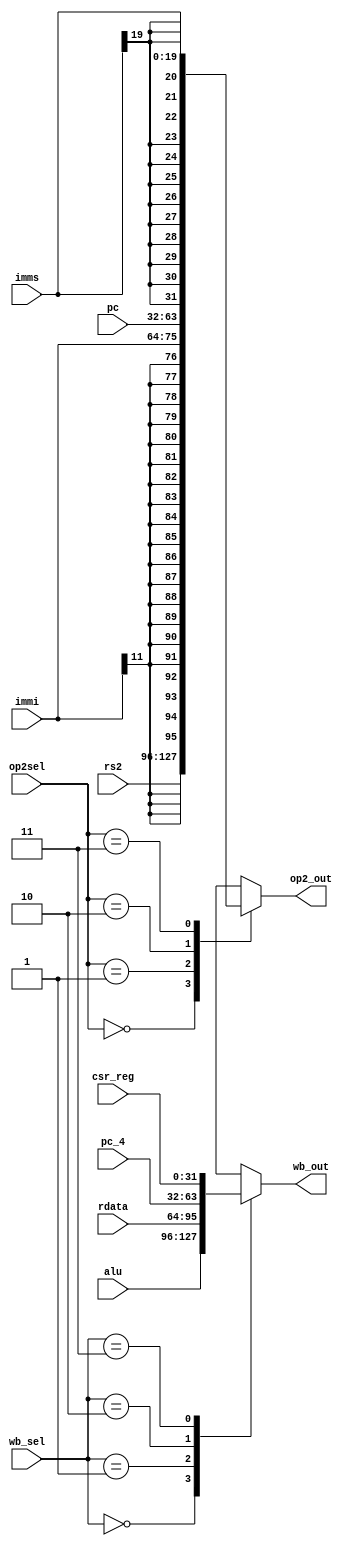
module MUX4(input wire [1:0] wb_sel, input wire [31:0] alu, input wire [31:0] csr_reg, input wire [31:0] pc_4, input wire [31:0] rdata,
            input wire [1:0] op2sel, input wire [31:0] pc, input wire [11:0] immi, input wire [19:0] imms, input wire [31:0] rs2,
            output reg [31:0] op2_out, output reg [31:0] wb_out);

always @ ( wb_sel, alu, rdata, pc_4, csr_reg ) begin
  case (wb_sel)
    2'b00: begin
      wb_out <= alu;
    end
    2'b01: begin
      wb_out <= rdata;
    end
    2'b10: begin
      wb_out <= pc_4;
    end
    2'b11: begin
      wb_out <= csr_reg;
    end
  endcase
end

always @ ( op2sel, rs2, immi, pc, imms ) begin
  case (op2sel)
    2'b00: begin
      op2_out <= rs2;
    end
    2'b01: begin
      //$display("immi= %d", immi);
      op2_out <= $signed(immi);
    end
    2'b10: begin
      op2_out <= pc;
    end
    2'b11: begin
      op2_out <= $signed(imms);
    end
  endcase
end

endmodule